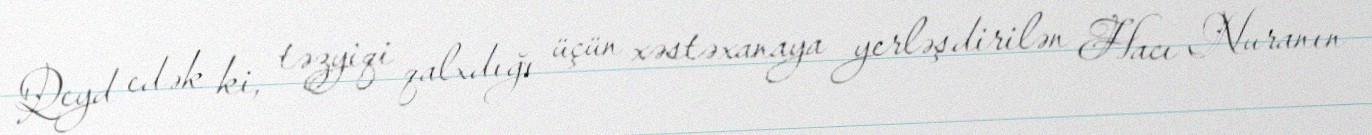
Qeyd edək ki, təzyiqi qalxdığı üçün xəstəxanaya yerləşdirilən Hacı Nuranın